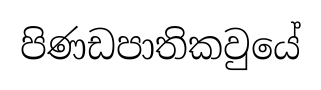
පිණඩපාතිකවුයේ